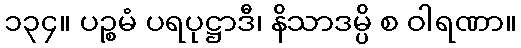
၁၃၄။ ပဉ္စမံ ပရပုဋ္ဌာဒီ၊ နိသာဒမ္ပိ စ ဝါရဏာ။